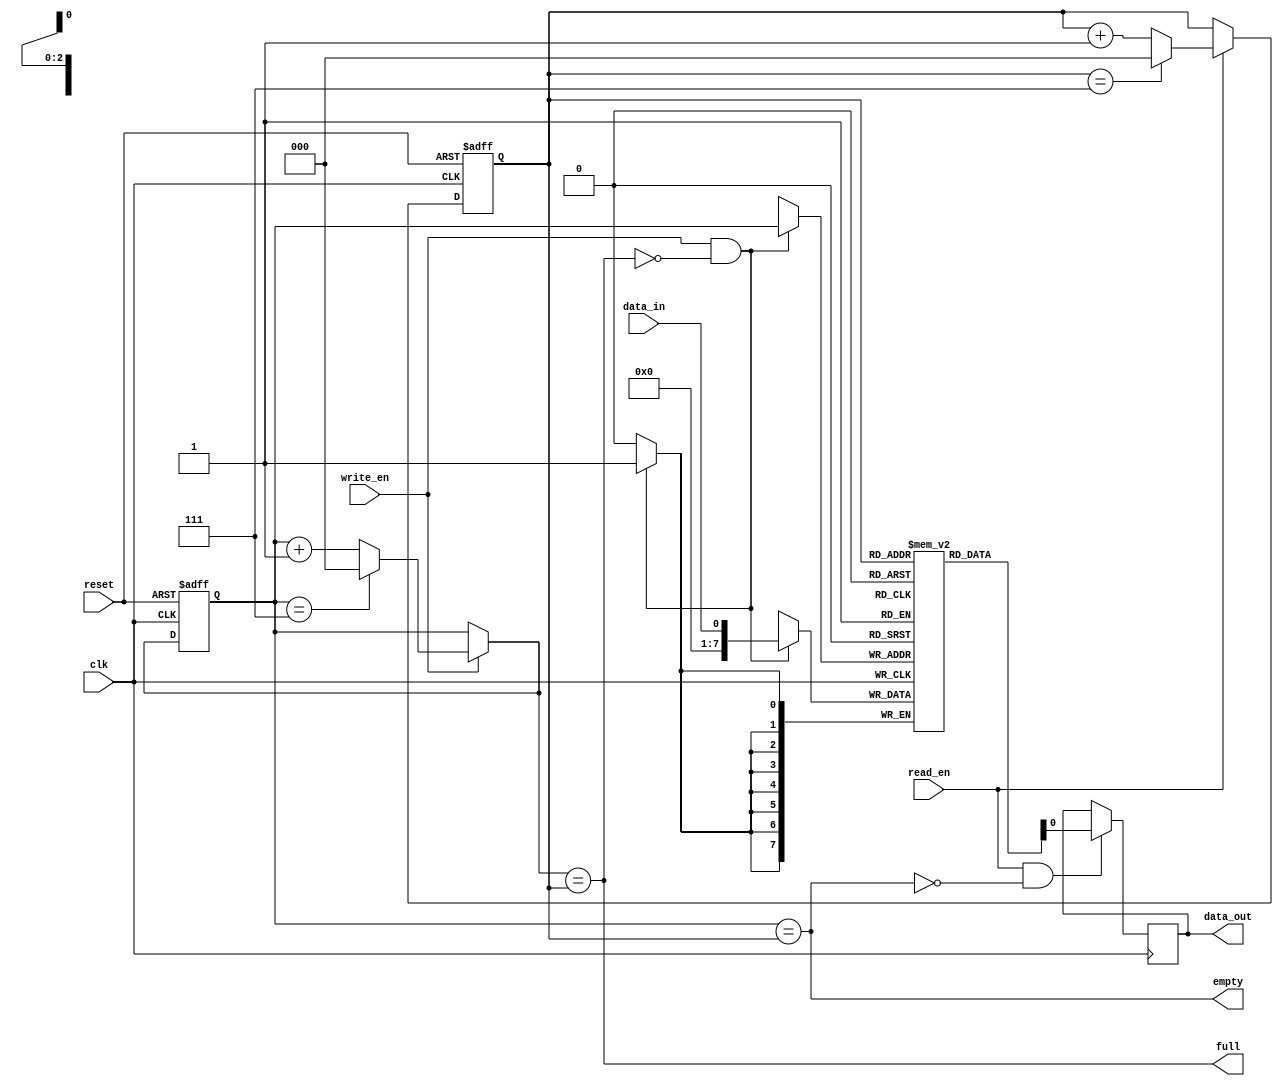
module async_fifo (
    input wire clk,
    input wire reset,
    input wire write_en,
    input wire read_en,
    input wire data_in,
    output wire data_out,
    output wire full,
    output wire empty
);

reg [7:0] fifo [0:7];
reg [2:0] write_ptr = 3'b000;
reg [2:0] read_ptr = 3'b000;
wire [2:0] next_write_ptr;
wire [2:0] next_read_ptr;
wire fifo_full;
wire fifo_empty;

assign next_write_ptr = write_en ? (write_ptr == 3'b111 ? 3'b000 : write_ptr + 1) : write_ptr;
assign next_read_ptr = read_en ? (read_ptr == 3'b111 ? 3'b000 : read_ptr + 1) : read_ptr;

always @ (posedge clk or posedge reset) begin
    if (reset) begin
        write_ptr <= 3'b000;
        read_ptr <= 3'b000;
    end else begin
        write_ptr <= next_write_ptr;
        read_ptr <= next_read_ptr;
    end
end

assign fifo_full = (next_write_ptr == read_ptr);
assign fifo_empty = (write_ptr == read_ptr);

assign full = fifo_full;
assign empty = fifo_empty;

always @ (posedge clk) begin
    if (write_en && !fifo_full) begin
        fifo[write_ptr] <= data_in;
    end
end

always @ (posedge clk) begin
    if (read_en && !fifo_empty) begin
        data_out <= fifo[read_ptr];
    end
end

endmodule